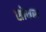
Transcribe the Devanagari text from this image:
सोयरु